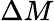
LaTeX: \Delta M